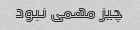
چیز مهمی نبود